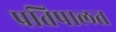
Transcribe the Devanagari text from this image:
प्रतिपालत